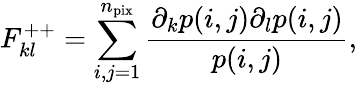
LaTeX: F_{kl}^{++}=\sum_{i,j=1}^{n_{\mathrm{pix}}}\frac{\partial_{k}p(i,j)\partial_{l}p(i,j)}{p(i,j)},